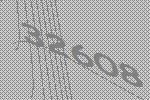
32608